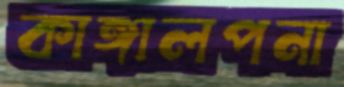
কাঙ্গালপনা